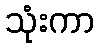
သုံးကာ